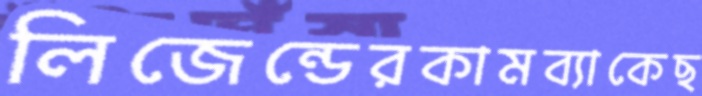
লিজেন্ডেরকামব্যাকেছ